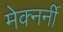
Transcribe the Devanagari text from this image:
मेक्नर्नी